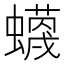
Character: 𧓡